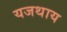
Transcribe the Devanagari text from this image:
यजथाय